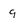
Character: 9